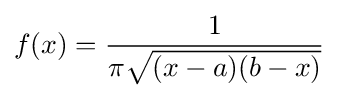
f(x)={\frac {1}{\pi {\sqrt {(x-a)(b-x)}}}}